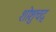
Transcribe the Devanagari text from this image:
शोशुचद्